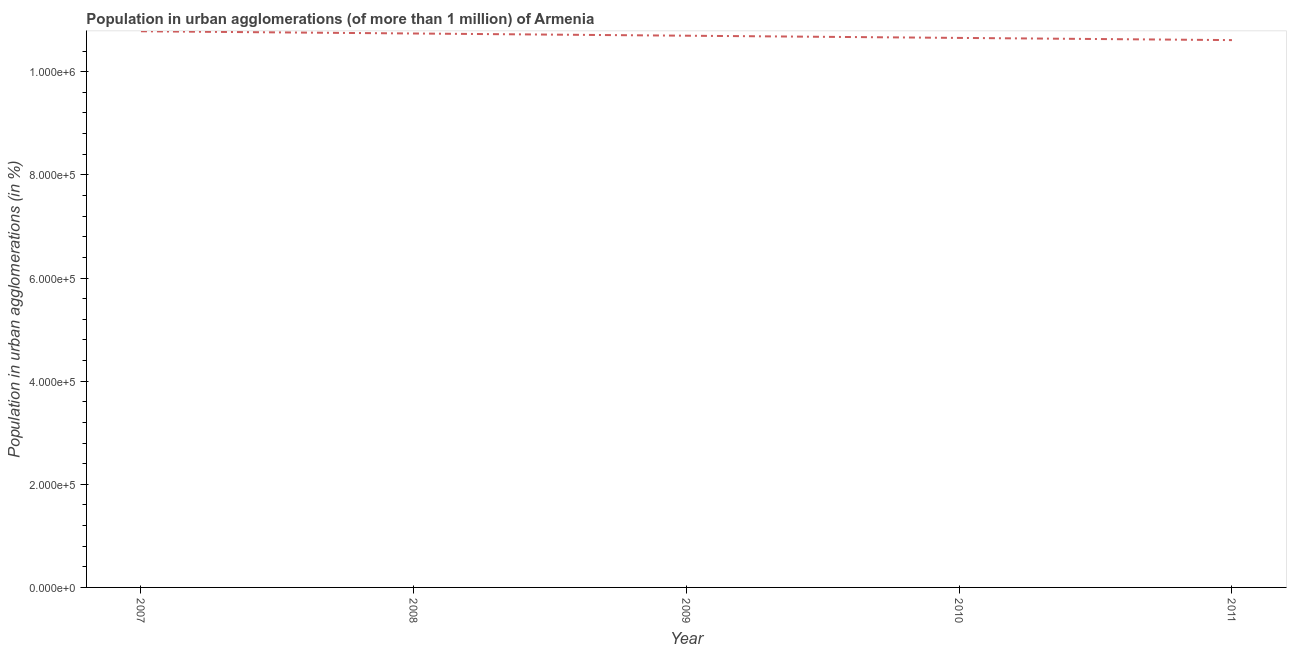
| Year | Population in urban agglomerations |
 | --- | --- |
 | 2007 | 1.08e+06 |
 | 2008 | 1.07e+06 |
 | 2009 | 1.07e+06 |
 | 2010 | 1.07e+06 |
 | 2011 | 1.06e+06 |